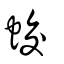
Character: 蛟